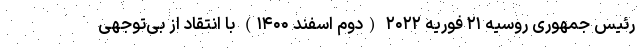
رئیس جمهوری روسیه ۲۱ فوریه ۲۰۲۲ (دوم اسفند ۱۴۰۰) با انتقاد از بی‌توجهی